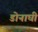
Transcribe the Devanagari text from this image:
डोनाघी